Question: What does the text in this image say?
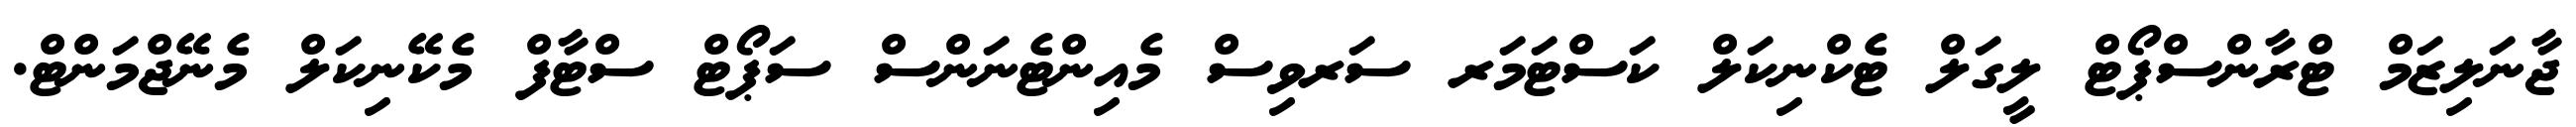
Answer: ޖާނަލިޒަމް ޓްރާންސްޕޯޓް ލީގަލް ޓެކްނިކަލް ކަސްޓަމަރ ސަރވިސް މެއިންޓެނަންސް ސަޕޯޓް ސްޓާފް މެކޭނިކަލް މެނޭޖްމަންޓް.